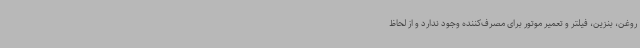
روغن، بنزین، فیلتر و تعمیر موتور برای مصرف‌کننده وجود ندارد و از لحاظ